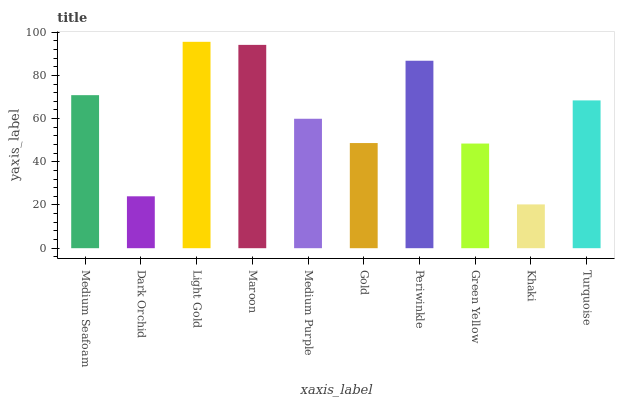
| xaxis_label | bars |
 | --- | --- |
 | Medium Seafoam | 70.8 |
 | Dark Orchid | 24 |
 | Light Gold | 95.5 |
 | Maroon | 94.1 |
 | Medium Purple | 59.9 |
 | Gold | 48.7 |
 | Periwinkle | 86.8 |
 | Green Yellow | 48.4 |
 | Khaki | 20.3 |
 | Turquoise | 68.4 |